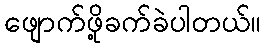
ဖျောက်ဖို့ခက်ခဲပါတယ်။